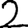
Digit: 2